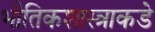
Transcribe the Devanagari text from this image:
भौतिकशास्त्राकडे